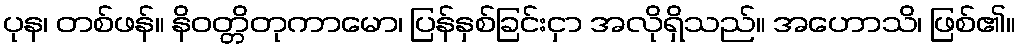
ပုန၊ တစ်ဖန်။ နိဝတ္တိတုကာမော၊ ပြန်နှစ်ခြင်းငှာ အလိုရှိသည်။ အဟောသိ၊ ဖြစ်၏။